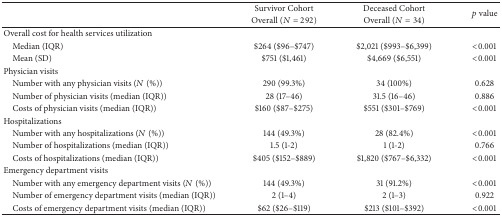
<table><thead><tr><td>[EMPTY_CELL]</td><td><b>Survivor Cohort</b></td><td><b>Deceased Cohort</b></td><td rowspan="2"><b><i>p</i> value</b></td></tr><tr><td>[EMPTY_CELL]</td><td><b>Overall (<i>N</i> = 292)</b></td><td><b>Overall (<i>N</i> = 34)</b></td></tr></thead><tbody><tr><td>Overall cost for health services utilization </td><td>[EMPTY_CELL]</td><td>[EMPTY_CELL]</td><td>[EMPTY_CELL]</td></tr><tr><td> Median (IQR)</td><td>$264 ($96–$747)</td><td>$2,021 ($993–$6,399)</td><td>&lt;0.001</td></tr><tr><td> Mean (SD)</td><td>$751 ($1,461)</td><td>$4,669 ($6,551)</td><td>&lt;0.001</td></tr><tr><td>Physician visits</td><td>[EMPTY_CELL]</td><td>[EMPTY_CELL]</td><td>[EMPTY_CELL]</td></tr><tr><td> Number with any physician visits (<i>N</i> (%))</td><td>290 (99.3%)</td><td>34 (100%)</td><td>0.628</td></tr><tr><td> Number of physician visits (median (IQR))</td><td>28 (17–46)</td><td>31.5 (16–46)</td><td>0.886</td></tr><tr><td> Costs of physician visits (median (IQR))</td><td>$160 ($87–$275)</td><td>$551 ($301–$769)</td><td>&lt;0.001</td></tr><tr><td>Hospitalizations</td><td>[EMPTY_CELL]</td><td>[EMPTY_CELL]</td><td>[EMPTY_CELL]</td></tr><tr><td> Number with any hospitalizations (<i>N</i> (%))</td><td>144 (49.3%)</td><td>28 (82.4%)</td><td>&lt;0.001</td></tr><tr><td> Number of hospitalizations (median (IQR))</td><td>1.5 (1-2)</td><td>1 (1-2)</td><td>0.766</td></tr><tr><td> Costs of hospitalizations (median (IQR))</td><td>$405 ($152–$889)</td><td>$1,820 ($767–$6,332)</td><td>&lt;0.001</td></tr><tr><td>Emergency department visits</td><td>[EMPTY_CELL]</td><td>[EMPTY_CELL]</td><td>[EMPTY_CELL]</td></tr><tr><td> Number with any emergency department visits (<i>N</i> (%))</td><td>144 (49.3%)</td><td>31 (91.2%)</td><td>&lt;0.001</td></tr><tr><td> Number of emergency department visits (median (IQR))</td><td>2 (1–4)</td><td>2 (1–3)</td><td>0.922</td></tr><tr><td> Costs of emergency department visits (median (IQR))</td><td>$62 ($26–$119)</td><td>$213 ($101–$392)</td><td>&lt;0.001</td></tr></tbody></table>